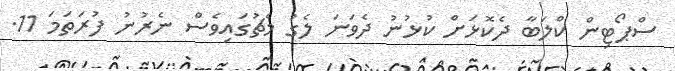
ސްޕޯޓިން ކްލަބާ ދެކޮޅަށް ކުޅުނު ދެވަނަ ލެގު މެޗުގައިވެސް ނެރުނު ފުރަތަަމަ 11.